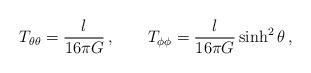
LaTeX: \begin{align*}T_{\theta\theta} = \frac{l}{16\pi G}\,, \qquad T_{\phi\phi} =\frac{l}{16\pi G}\sinh^2\theta\,,\end{align*}